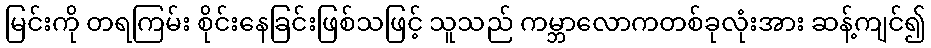
မြင်းကို တရကြမ်း စိုင်းနေခြင်းဖြစ်သဖြင့် သူသည် ကမ္ဘာလောကတစ်ခုလုံးအား ဆန့်ကျင်၍